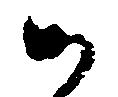
候